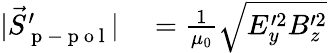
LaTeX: \begin{array}{rl}{|\vec{S}_{\mathrm{~p~-~p~o~l~}}^{\prime}|}&{{}=\frac{1}{\mu_{0}}\sqrt{E_{y}^{\prime 2}B_{z}^{\prime 2}}}\end{array}